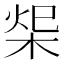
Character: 𣒓